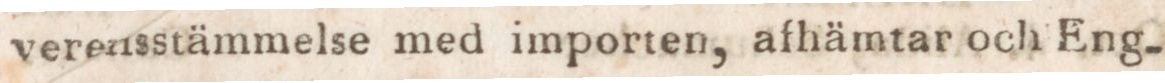
verensstämmelse med importen, afhämtar och Eng-